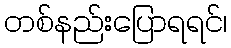
တစ်နည်းပြောရရင်၊